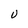
Character: U